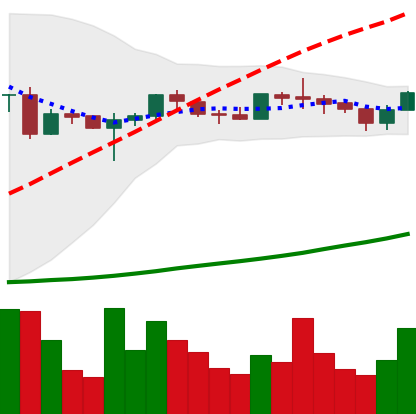
Ticker: ADA-USD
Chart end date: 2020-06-29
Forward return: 19.175%
Label: up_7plus